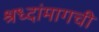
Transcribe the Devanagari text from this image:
श्रध्दांमागची